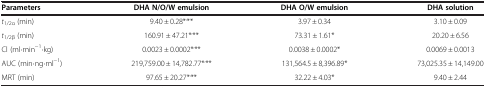
| Parameters | DHA N/O/W emulsion | DHA O/W emulsion | DHA solution |
 | --- | --- | --- | --- |
 | t1/2α (min) | 9.40 ± 0.28*,** | 3.97 ± 0.34 | 3.10 ± 0.09 |
 | t1/2β (min) | 160.91 ± 47.21*,** | 73.31 ± 1.61* | 20.20 ± 6.56 |
 | Cl (ml·min−1·kg) | 0.0023 ± 0.0002*,** | 0.0038 ± 0.0002* | 0.0069 ± 0.0013 |
 | AUC (min·ng·ml−1) | 219,759.00 ± 14,782.77*,** | 131,564.5 ± 8,396.89* | 73,025.35 ± 14,149.00 |
 | MRT (min) | 97.65 ± 20.27*,** | 32.22 ± 4.03* | 9.40 ± 2.44 |